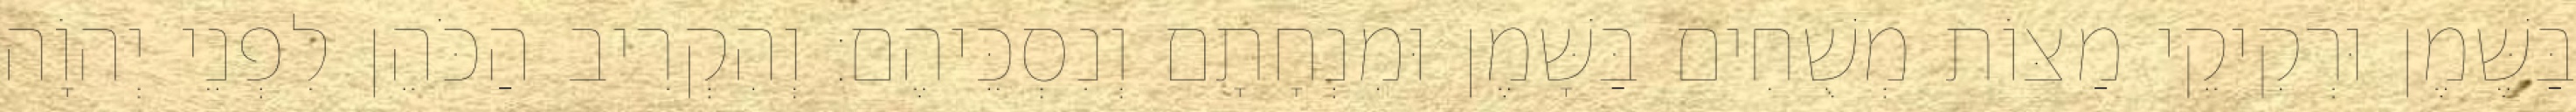
בַּשֶּׁמֶן וּרְקִיקֵי מַצּוֹת מְשֻׁחִים בַּשָּׁמֶן וּמִנְחָתָם וְנִסְכֵּיהֶם׃ וְהִקְרִיב הַכֹּהֵן לִפְנֵי יְהוָֹה